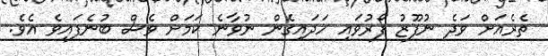
ތެރެއަށް ވަދެ ނުފޫޒު ފޯރުވައި ހަދައިގެން ނުވާނެ ކަމަށް ވެސް ބުނެފައިވެ އެވެ.